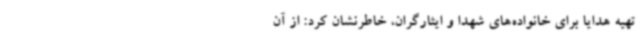
تهیه هدایا برای خانواده‌های شهدا و ایثارگران، خاطرنشان کرد: از آن